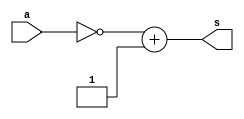
// ------------------------- 
// Exercicio0007
// Nome: Lucas Cardoso 
// -------------------------

// ------------------------- 
// -- C2 gate 
// ------------------------- 
module C2gate (output [7:0] s, input [7:0] a);
assign s = ~a + 1'b1 ;
endmodule

// --------------------- 
// -- test and gate 
// --------------------- 
module testC2gate; 

// ------------------------- dados locais 
reg [7:0]a; // definir registradores 
wire [7:0]s; // definir conexao (fio) 

// ------------------------- instancia 
C2gate ComplementoDe2 (s,a);

// ------------------------- preparacao 
initial begin:start 
// atribuicao simultanea 
// dos valores iniciais 
a=8'b00000000;
end 

// ------------------------- parte principal 
initial begin 
$display("Exemplo0022 - Lucas Cardoso - 441694"); 
$display("Test C2gate"); 
$display("\na = s\n"); 
#1 $display("%8b = %8b", a, s); 
a = 1;
#1 $display("%8b = %8b", a, s); 
a = 2;
#1 $display("%8b = %8b", a, s);
a = 5; 
#1 $display("%8b = %8b", a, s);
a = 14; 
#1 $display("%8b = %8b", a, s);
a = 28; 
#1 $display("%8b = %8b", a, s); 
a = 36;
#1 $display("%8b = %8b", a, s); 
a = 42;
#1 $display("%8b = %8b", a, s); 
a = 69;
#1 $display("%8b = %8b", a, s); 
a = 75;
#1 $display("%8b = %8b", a, s); 
a = 93;
#1 $display("%8b = %8b", a, s); 
a = 195;
#1 $display("%8b = %8b", a, s); 
 
end 
endmodule // testandgate